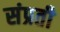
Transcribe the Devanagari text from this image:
संप्रती